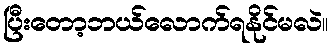
ပြီးတော့ဘယ်လောက်ရနိုင်မလဲ။